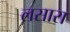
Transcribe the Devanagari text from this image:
लसारा